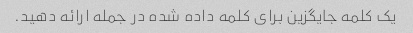
یک کلمه جایگزین برای کلمه داده شده در جمله ارائه دهید.